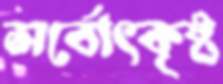
সর্বোৎকৃষ্ট